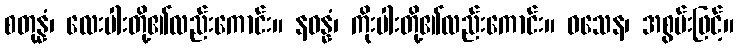
စတုန္နံ၊ လေးပါးတို့၏လည်းကောင်း။ နဝန္နံ၊ ကိုးပါးတို့၏လည်းကောင်း။ ဝသေန၊ အစွမ်းဖြင့်။